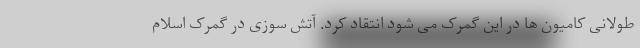
طولانی کامیون ها در این گمرک می شود انتقاد کرد. آتش سوزی در گمرک اسلام